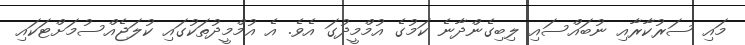
މައި ސަރުކާރާއި ނުބައްސައި ލިބިގެންދާނެ ކަމުގެ އުމްމީދުގަ އެވެ. އެ އުމްމީދުތަކުގައި ކުލަޖެއްސުމަށްޓަކައި